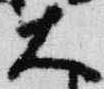
大